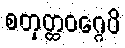
စတုတ္ထဝဂ္ဂေပိ